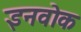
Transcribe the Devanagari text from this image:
इनवोक